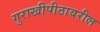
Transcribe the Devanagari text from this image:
गुराखीपीठावरील